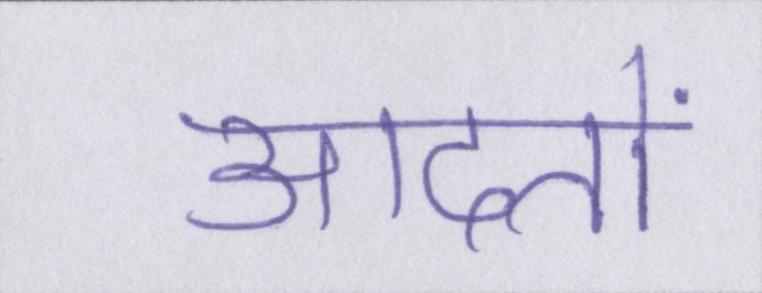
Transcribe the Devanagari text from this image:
आदतों